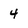
Character: 4